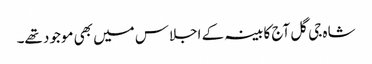
شاہ جی گل آج کابینہ کے اجلاس میں بھی موجود تھے۔